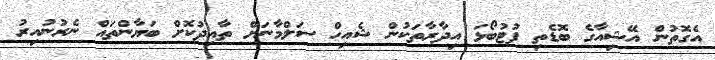
އެގޮތުން އޭޝިއާގެ ބޮޑެތި ފުޓުބޯޅަ އިދާރާތަކުން ޝެއިހް ސަލްމާނަށް ތާއިދުކޮށް ބަޔާންތައް ނެރުނުއިރު